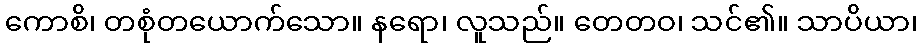
ကောစိ၊ တစုံတယောက်သော။ နရော၊ လူသည်။ တေတဝ၊ သင်၏။ သာပိယာ၊